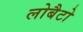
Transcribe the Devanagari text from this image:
लोबैटो